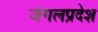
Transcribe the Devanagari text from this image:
जंगलप्रदेश